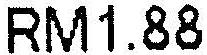
RM1.88